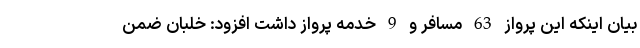
بیان اینکه این پرواز 63 مسافر ‌و 9 خدمه پرواز داشت افزود: خلبان ضمن